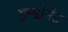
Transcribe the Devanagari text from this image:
इम्प्लीमेंट